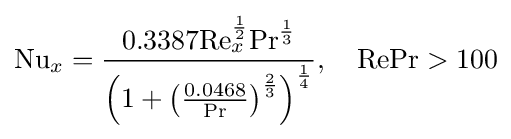
\mathrm {Nu} _{x}={\frac {0.3387\mathrm {Re} _{x}^{\frac {1}{2}}\mathrm {Pr} ^{\frac {1}{3}}}{\left(1+\left({\frac {0.0468}{\mathrm {Pr} }}\right)^{\frac {2}{3}}\right)^{\frac {1}{4}}}},\quad \mathrm {Re} \mathrm {Pr} >100